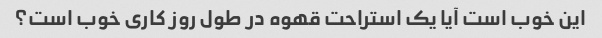
این خوب است آیا یک استراحت قهوه در طول روز کاری خوب است؟